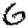
Digit: 6